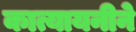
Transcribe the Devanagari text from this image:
कात्यायनीने